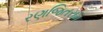
રણજિતરામ